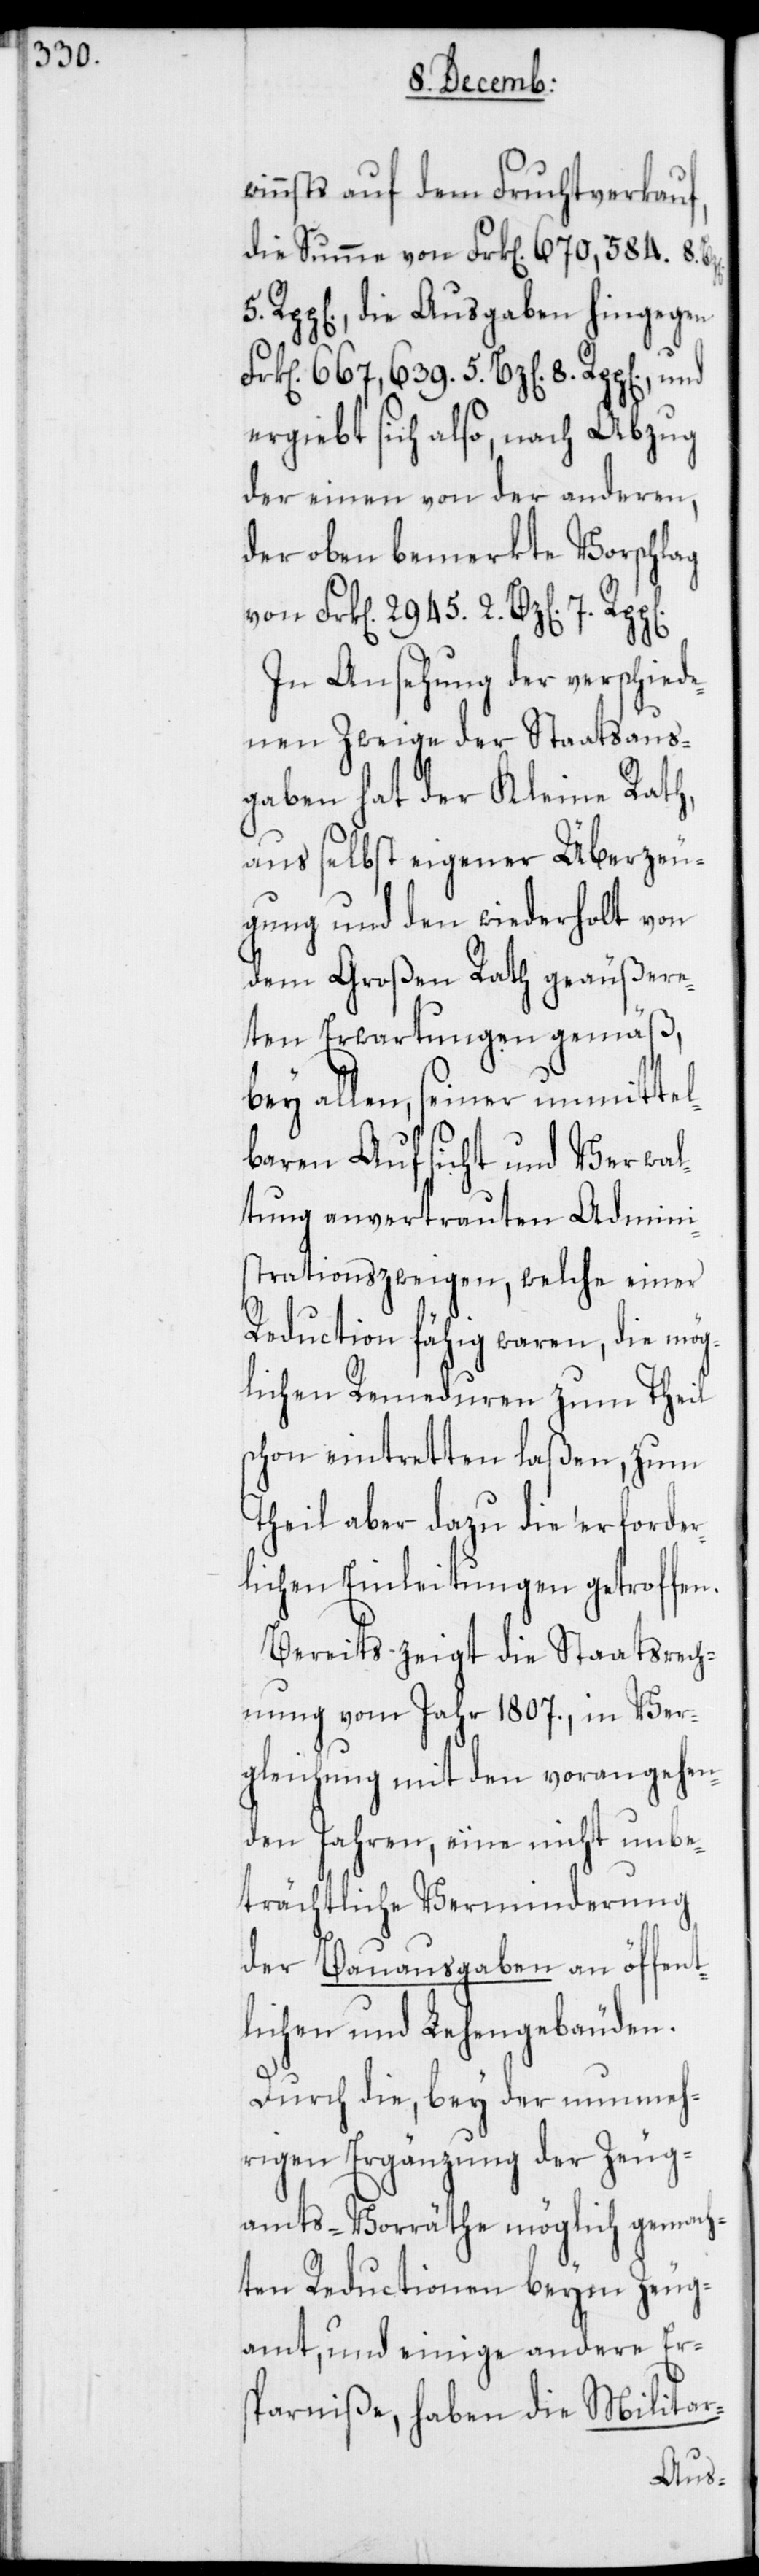
5. Rp¬

winnst auf dem Fruchtverkauf,
die Summe von Frk[en]. 670,584. 8.
p[en]., die Ausgaben hingegen
ergiebt sich also, nach Abzug
der einen von der anderen,
der oben bemerkte Vorschlag
von Frk[en]. 2945. 2 Bz[en]. 7.
In Ansehung der verschiede¬
nen Zweige der Staatsaus¬
gaben hat der Kleine Rath,
aus selbst eigener Überzeu¬
gung und den wiederholt von
dem Großen Rath geäußere¬
ten Erwartungen gemäß,
bey allen, seiner unmitte¬
lbaren Aufsicht und Verwal¬
tung anvertrauten Admini¬
strationszweigen, welche einer
Reduction fähig waren, die mög¬
lichen Remeduren zum Theil
schon eintretten laßen, zum
Theil aber dazu die erforder¬
lichen Einleitungen getroffen.
Bereits zeigt die Staatsrech¬
nung vom Jahr 1807., in Ver¬
gleichung mit den vorangehen¬
den Jahren, eine nicht unbe¬
trächtliche Verminderung
der Bauausgaben an öffent¬
lichen und Lehengebäuden.
Durch die, bey der nunmeh¬
rigen Ergänzung der Zeug¬
amts-Vorräthe möglich gemach¬
ten Reductionen beym Zeug¬
amt, und einige andere Er¬
sparniße, haben die Militar-